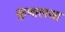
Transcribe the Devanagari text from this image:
कुणालजा